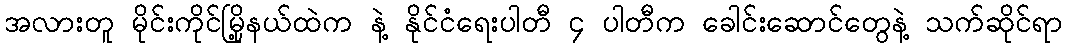
အလားတူ မိုင်းကိုင်မြို့နယ်ထဲက နဲ့ နိုင်ငံရေးပါတီ ၄ ပါတီက ခေါင်းဆောင်တွေနဲ့ သက်ဆိုင်ရာ